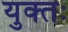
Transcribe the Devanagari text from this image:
युक्‍तः